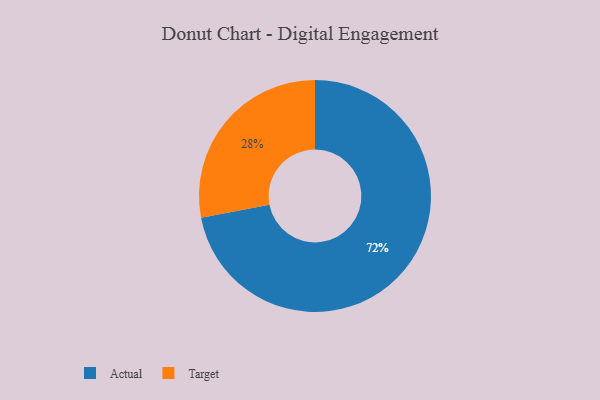
{"axis": {"x": "Category", "y": "Percentage"}, "legend": ["Actual", "Target"], "data": [{"x": "Target", "y": 28, "type": "Target"}, {"x": "Actual", "y": 72, "type": "Actual"}]}